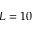
L = 1 0